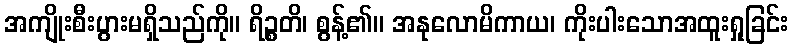
အကျိုးစီးပွားမရှိသည်ကို။ ရိဉ္စတိ၊ စွန့်၏။ အနုလောမိကာယ၊ ကိုးပါးသောအထူးရှုခြင်း